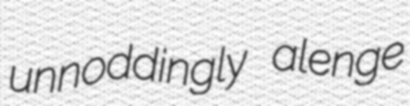
unnoddingly alenge